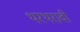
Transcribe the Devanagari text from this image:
थरथरावी